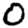
Digit: 0